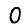
Digit: 0